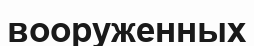
вооруженных